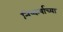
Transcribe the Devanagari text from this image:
निष्कर्षाच्या